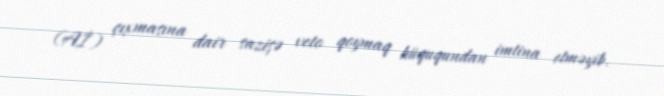
(Aİ) çıxmasına dair sazişə veto qoymaq hüququndan imtina etməyib.